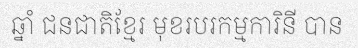
ឆ្នាំ ជនជាតិខ្មែរ មុខរបរកម្មការិនី បាន